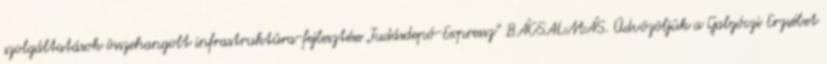
szolgáltatások összehangolt infrastruktúra-fejlesztése „Tudásdepó-Expressz” BÁCSALMÁS. Üdvözöljük a Galgóczi Erzsébet